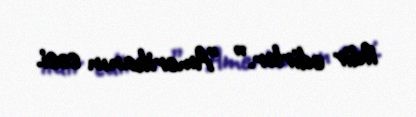
ildir edirlər.” "Amerikanın səsi.